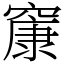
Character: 䆲